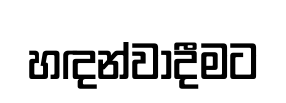
හඳන්වාදීමට